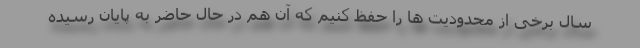
سال برخی از محدودیت ها را حفظ کنیم که آن هم در حال حاضر به پایان رسیده